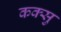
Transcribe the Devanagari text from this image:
कक्सु